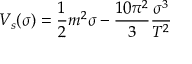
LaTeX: V _ { s } ( \sigma ) = \frac { 1 } { 2 } m ^ { 2 } \sigma - \frac { 1 0 \pi ^ { 2 } } { 3 } \frac { \sigma ^ { 3 } } { T ^ { 2 } }